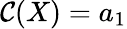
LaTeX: \mathcal{C}(X)=a_{1}